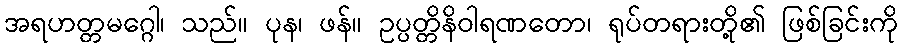
အရဟတ္တမဂ္ဂေါ၊ သည်။ ပုန၊ ဖန်။ ဥပ္ပတ္တိနိဝါရဏတော၊ ရုပ်တရားတို့၏ ဖြစ်ခြင်းကို